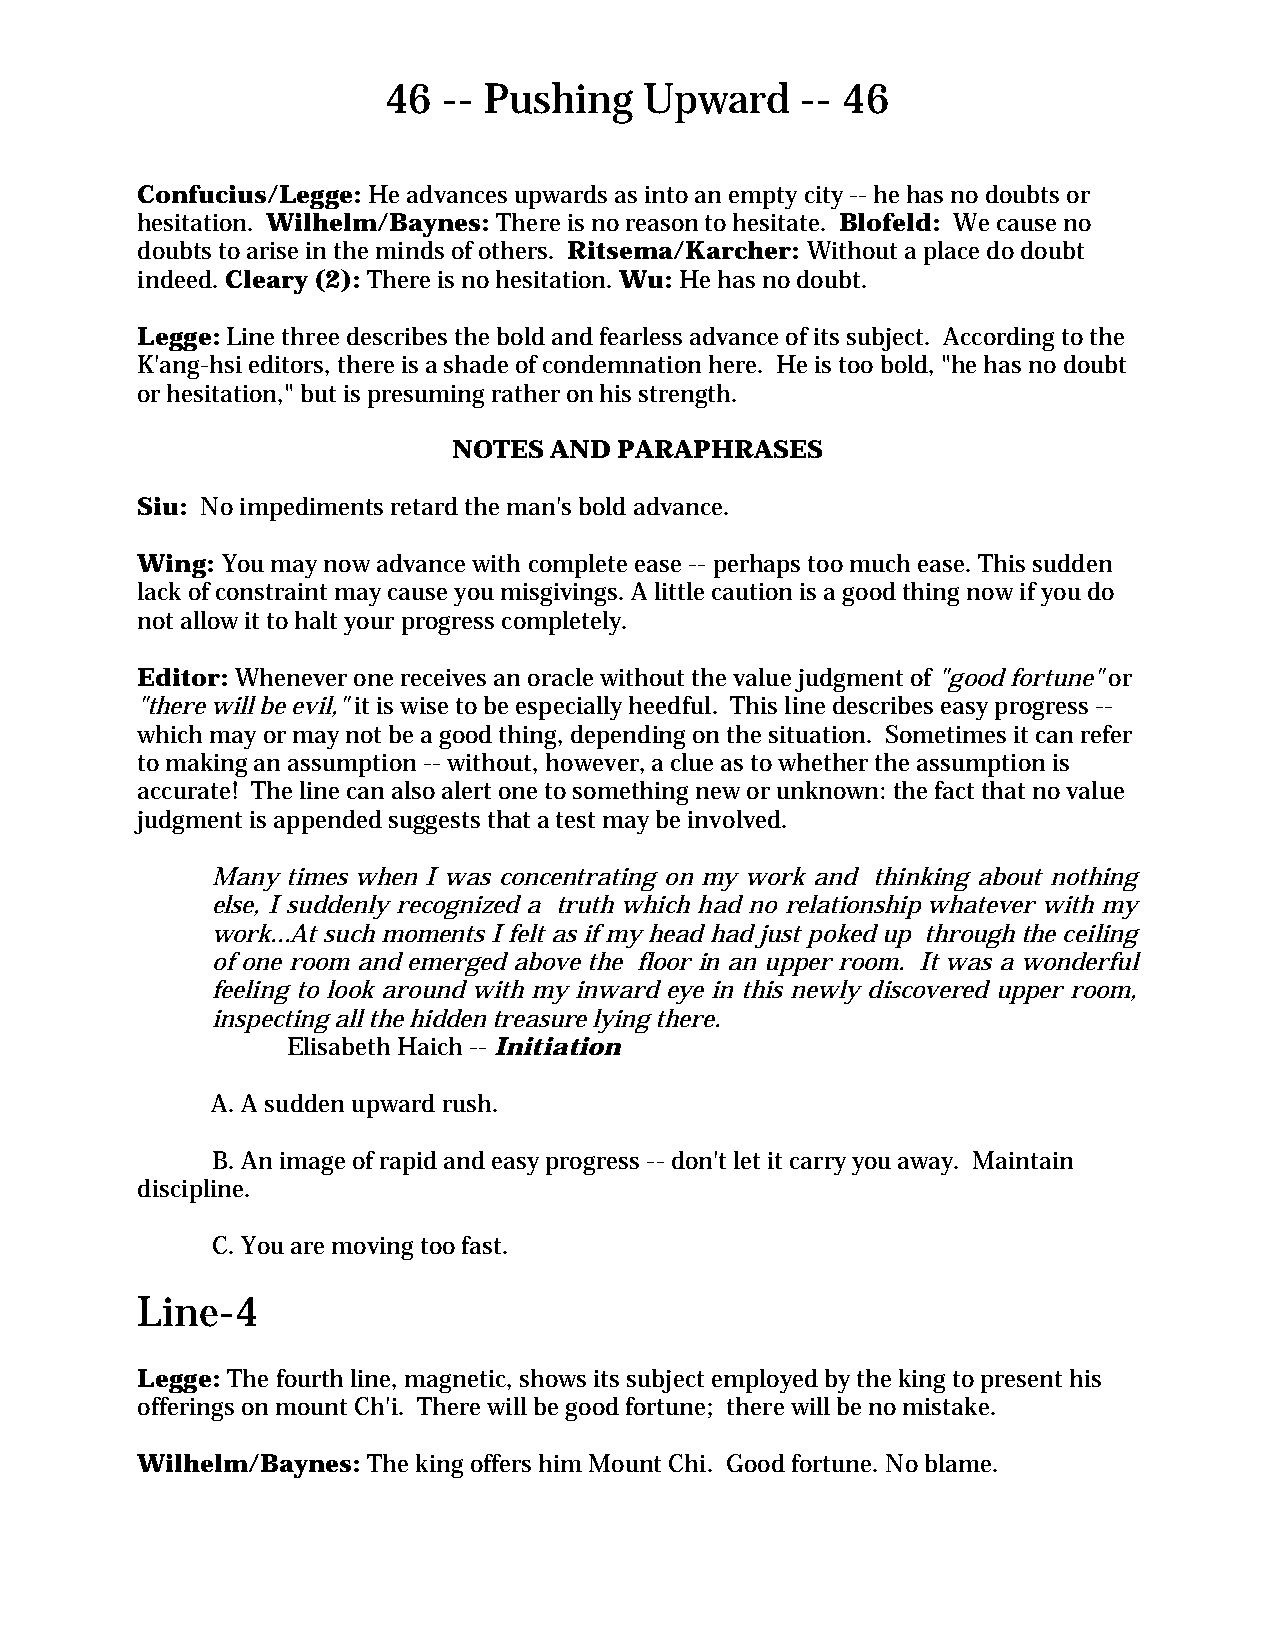
46 -- Pushing    Upward    -- 46
 Confucius/Legge: He advances upwards as into an empty city -- he has no doubts or
 hesitation. Wilhelm/Baynes: There is no reason to hesitate. Blofeld: We cause no
 doubts to arise in the minds of others. Ritsema/Karcher: Without a place do doubt
 indeed. Cleary (2): There is no hesitation. Wu: He has no doubt.
 Legge: Line three describes the bold and fearless advance of its subject. According to the
 K'ang-hsi editors, there is a shade of condemnation here. He is too bold, "he has no doubt
 or hesitation," but is presuming rather on his strength.
 NOTES AND  PARAPHRASES
 Siu: No impediments retard the man's bold advance.
 Wing: You may now advance with complete ease -- perhaps too much ease. This sudden
 lack of constraint may cause you misgivings. A little caution is a good thing now if you do
 not allow it to halt your progress completely.
 Editor: Whenever one receives an oracle without the value judgment of "good fortune" or
 "there will be evil," it is wise to be especially heedful. This line describes easy progress --
 which may or may not be a good thing, depending on the situation. Sometimes it can refer
 to making an assumption -- without, however, a clue as to whether the assumption is
 accurate! The line can also alert one to something new or unknown: the fact that no value
 judgment is appended suggests that a test may be involved.
 Many times when I was concentrating on my work and thinking about nothing
 else, I suddenly recognized a truth which had no relationship whatever with my
 work...At such moments I felt as if my head had just poked up through the ceiling
 of one room and emerged above the floor in an upper room. It was a wonderful
 feeling to look around with my inward eye in this newly discovered upper room,
 inspecting all the hidden treasure lying there.
 Elisabeth Haich -- Initiation
 A. A sudden upward rush.
 B. An image of rapid and easy progress -- don't let it carry you away. Maintain
 discipline.
 C. You are moving too fast.
 Line-4
 Legge: The fourth line, magnetic, shows its subject employed by the king to present his
 offerings on mount Ch'i. There will be good fortune; there will be no mistake.
 Wilhelm/Baynes: The king offers him Mount Chi. Good fortune. No blame.